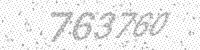
Solution: 763760